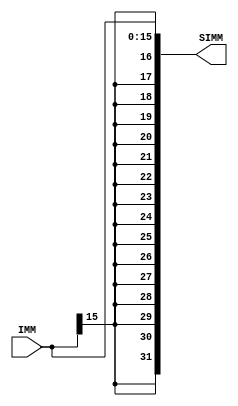
`timescale 1ns / 1ps
//////////////////////////////////////////////////////////////////////////////////
// Company: 
// Engineer: 
// 
// Design Name: 
// Module Name: sign_extender
// Project Name: 
// Target Devices: 
// Tool Versions: 
// Description: 
// 
// Dependencies: 
// 
// Revision:
// Revision 0.01 - File Created
// Additional Comments:
// 
//////////////////////////////////////////////////////////////////////////////////


module sign_extender #(parameter WORD_SIZE = 32, IMMEDIATE = 16)
                      (input [IMMEDIATE - 1 : 0] IMM,
                       output reg [WORD_SIZE - 1 : 0] SIMM);
         
    always @ (IMM) begin
        SIMM <= { {(WORD_SIZE-IMMEDIATE){IMM[(IMMEDIATE-1)]}}, IMM[IMMEDIATE-1 : 0] };  
    end         
endmodule